Scottish Leaving Certificate Examination, 1958
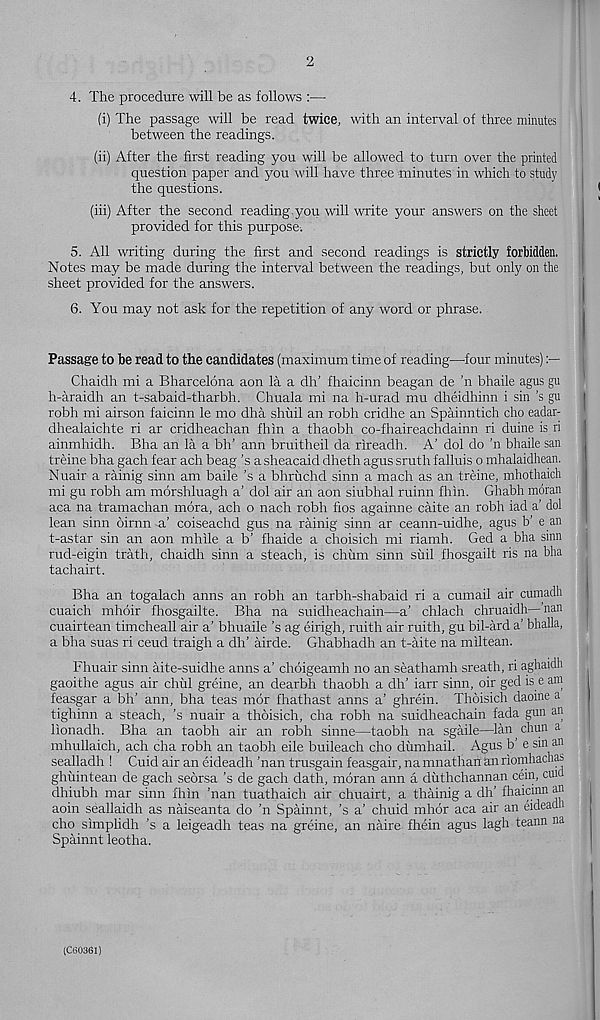
4. The procedure will be as follows :—•
(i) The passage will be read twice, with an interval of three minutes
between the readings.
(ii) After the first reading you will be allowed to turn over the printed
question paper and you will have three minutes in which to study
the questions.
(iii) After the second reading you will write your answers on the sheet
provided for this purpose-.
5. All writing during the first and second readings is strictly forbidden.
Notes may be made during the interval between the readings, but only on the
sheet provided for the answers.
6. You may not ask for the repetition of any word or phrase.
Passage to be read to the candidates (maximum time of reading—four minutes)
Chaidh mi a Bharcelona aon la a dh’ fhaicinn beagan de ’n bhaile agus gu
h-araidh an t-sabaid-tharbh. Chuala mi na h-urad mu dheidhinn i sin’s gu
robh mi airson faicinn le mo dha shuil an robh cridhe an Spainntich cho eadar-
dhealaichte ri ar cridheachan fhin a thaobh co-fhaireachdainn ri duine is ri
ainmhidh. Bha an la a bh’ aim bruitheil da rireadh. A’ dol do ’n bhaile san
treine bha gach fear ach beag’s a sheacaid dheth agus sruth falluis o mhalaidhean.
Nuair a rainig sinn am bade’s a bhriichd sinn a mach as an treine, mhothaich
mi gu robh am morshluagh a’ dol air an aon siubhal ruinn fhin. Ghabh moran
aca na tramachan mora, ach o nach robh fios againne caite an robh iad a’ dol
lean sinn oirnn a’ coiseachd gus na rainig sinn ar ceann-uidhe, agus b’ e an
t-astar sin an aon mhile a b’ fhaide a choisich mi riamh. Ged a bha sinn
rud-eigin trath, chaidh sinn a steach, is chiim sinn suil fhosgailt ris na bha
tachairt.
Bha an togalach anns an robh an tarbh-shabaid ri a cumail air cumadh
cuaich mhoir fhosgailte. Bha na suidheachain—a’ chlach chruaidh—’nan
cuairtean timcheall air a’ bhuaile’s ag eirigh, ruith air ruith, gu bil-ard a’ bhalla,
a bha suas ri ceud traigh a dh’ airde. Ghabhadh an t-aite na miltean.
Fhuair sinn aite-suidhe anns a’ choigeamh no an seathamh sreath, ri aghaidh
gaoithe agus air chul greine, an dearbh thaobh a dh’ iarr sinn, oir ged is e am
feasgar a bh’ ann, bha teas mor fhathast anns a’ ghrein. Thoisich daoine a
tighinn a steach, ’s nuair a thbisich, cha robh na suidheachain fada gun an
lionadh. Bha an taobh air an robh sinne—taobh na sgaile—lan chun a
mhullaich, ach cha robh an taobh eile buileach cho dumhail. Agus b’ e sin an
sealladh ! Cuid air an eideadh ’nan trusgain feasgair, na mnathan an riomhachas
ghuintean de gach seorsa’s de gach dath, moran ann a duthchannan cein, cuio
dhiubh mar sinn fhin ’nan tuathaich air chuairt, a thainig a dh’ fhaicinn an
aoin seallaidh as naiseanta do ’n Spainnt, ’s a’ chuid mhor aca air an eideadi
cho simphdh ’s a leigeadh teas na greine, an naire fhein agus lagh teann na
Spainnt leotha.
(CS0361)